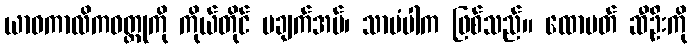
ယာဝကာလိကဝတ္တုကို ကိုယ်တိုင် မချက်အပ်၊ သာမံပါက ဖြစ်သည်။ ထောပတ် ဆီဦးကို